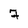
Character: 7